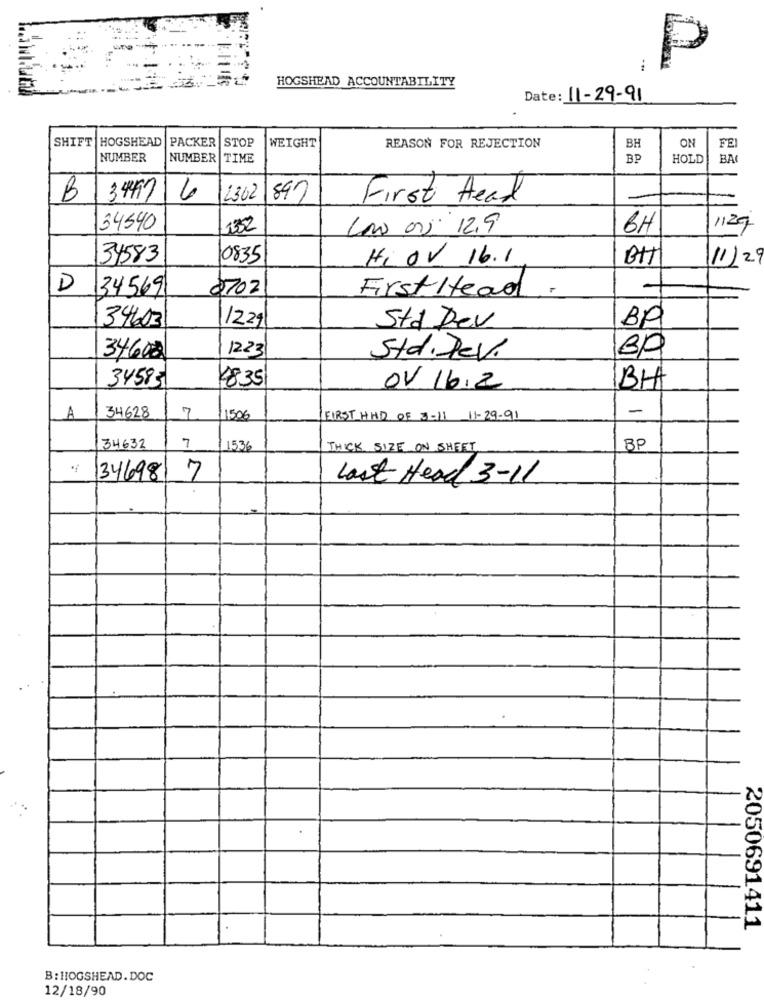
P
HOGSHEAD ACCOUNTABILITY
Date: 11-29-91
SHIFT HOGSHEAD |PACKER |STOP
WEIGHT
REASON FOR REJECTION
BH
ON
FEI
NUMBER
NUMBER
TIME
BP
HOLD
BAC
00
B 3497
6
2362
897
First Head
34540
1352
Lan 00 12.9
6H
1129
34583
0835
Hi OV 16.1
11/29
D
134569
8702
First Head.
34603
1229
Std Dev
BP
1223
34600
Std. Dev.
BP
34583
4835
0V 16.2
BH
7
-
A
34628
1506
FIRST HAD OF 3-11 11-29-91
34632
7
1536
THICK SIZE ON SHEET
BF
1346981 7
Last Head 3-11
2050691411
B: HIOGSHEAD. DOC
12/18/90